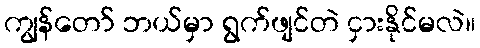
ကျွန်တော် ဘယ်မှာ ရွက်ဖျင်တဲ ငှားနိုင်မလဲ။